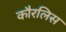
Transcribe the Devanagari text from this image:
कौरलिस